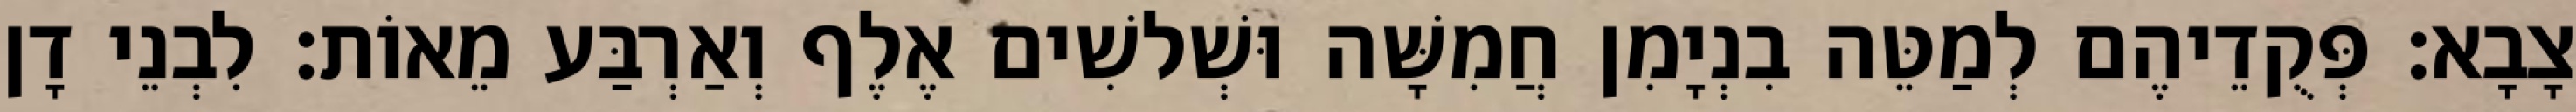
צָבָא׃ פְּקֻדֵיהֶם לְמַטֵּה בִנְיָמִן חֲמִשָּׁה וּשְׁלשִׁים אֶלֶף וְאַרְבַּע מֵאוֹת׃ לִבְנֵי דָן